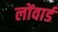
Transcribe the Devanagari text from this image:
लोंवार्ड